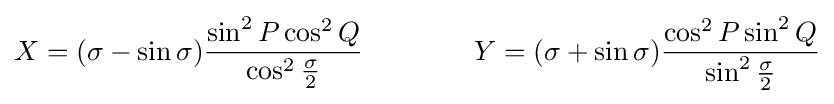
X=(\sigma -\sin \sigma ){\frac {\sin ^{2}P\cos ^{2}Q}{\cos ^{2}{\frac {\sigma }{2}}}}\qquad \qquad Y=(\sigma +\sin \sigma ){\frac {\cos ^{2}P\sin ^{2}Q}{\sin ^{2}{\frac {\sigma }{2}}}}